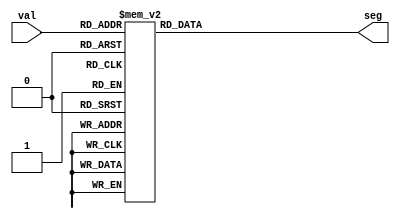
module seg7dec (
input [3:0] val,
output reg [6:0] seg // from MSB {A, B, C, D, E, F, G}
);
always @(*)
begin
case (val[3:0])
4'h0 : seg[6:0] = 7'b111_1110;
4'h1 : seg[6:0] = 7'b011_0000;
4'd2 : seg[6:0] = 7'b110_1101;     
4'd3 : seg[6:0] = 7'b111_1001;     
4'd4 : seg[6:0] = 7'b011_0011;     
4'd5 : seg[6:0] = 7'b101_1011;     
4'd6 : seg[6:0] = 7'b101_1111;     
4'd7 : seg[6:0] = 7'b111_0000;   
4'd8 : seg[6:0] = 7'b111_1111;   
4'd9 : seg[6:0] = 7'b111_1011;   
default: seg[6:0] = 7'b100_0111; // 4'hF
endcase
end
endmodule